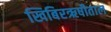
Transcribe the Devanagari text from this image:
खिबिरऋषीताल